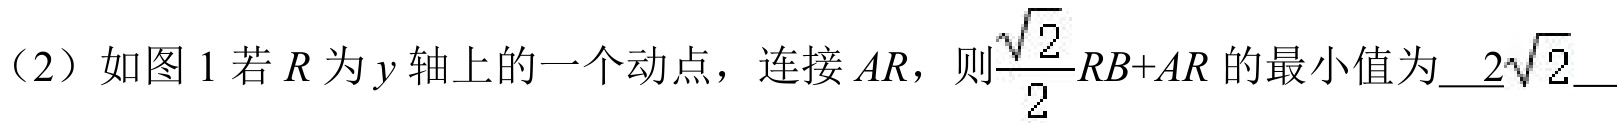
（2）如图 1 若 \(R\)为 \(y\)轴上的一个动点，连接 \(AR\)，则\(\frac{\sqrt{2}}{2}RB + AR\) 的最小值为\(2\sqrt{2}\)